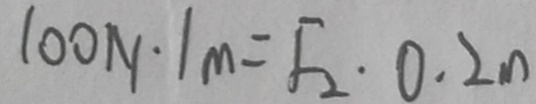
1 0 0 N \cdot 1 m = F _ { 2 } \cdot 0 . 2 m